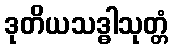
ဒုတိယသဒ္ဓါသုတ္တံ